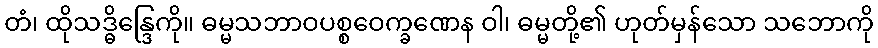
တံ၊ ထိုသဒ္ဓိန္ဒြေကို။ ဓမ္မသဘာဝပစ္စဝေက္ခဏေန ဝါ၊ ဓမ္မတို့၏ ဟုတ်မှန်သော သဘောကို